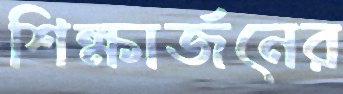
শিক্ষার্জনের